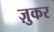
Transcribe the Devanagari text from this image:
ज़ुकर